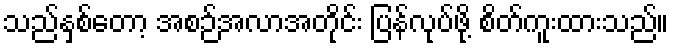
သည်နှစ်တော့ အစဉ်အလာအတိုင်း ပြန်လုပ်ဖို့ စိတ်ကူးထားသည်။